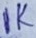
Text: 1K